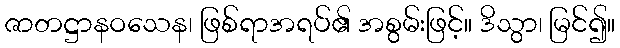
ဇာတဋ္ဌာနဝသေန၊ ဖြစ်ရာအရပ်၏ အစွမ်းဖြင့်။ ဒိသွာ၊ မြင်၍။